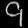
Digit: ၄